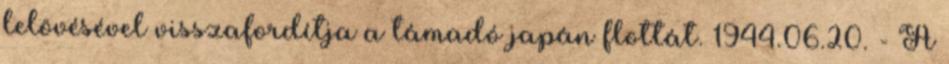
lelövésével visszafordítja a támadó japán flottát. 1944.06.20. - A